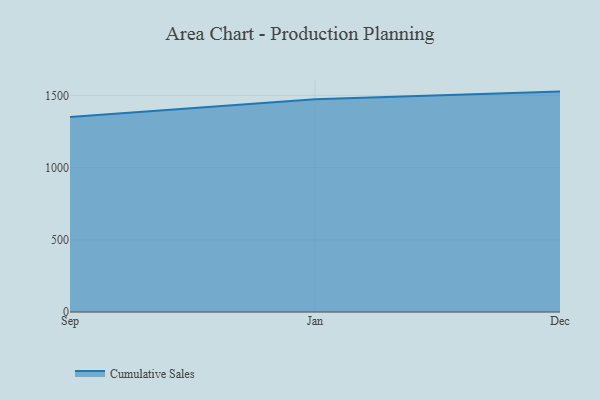
{"axis": {"x": "Month", "y": "Website Visitors"}, "legend": ["Cumulative Sales"], "data": [{"x": "Sep", "y": 1349.5, "type": "Cumulative Sales"}, {"x": "Jan", "y": 1472.5, "type": "Cumulative Sales"}, {"x": "Dec", "y": 1526.2, "type": "Cumulative Sales"}]}